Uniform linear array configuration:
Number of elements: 16
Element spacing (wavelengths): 1
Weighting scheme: binomial
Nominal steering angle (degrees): -30
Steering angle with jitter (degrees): -29.5
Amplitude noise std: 0.05
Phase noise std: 0.05

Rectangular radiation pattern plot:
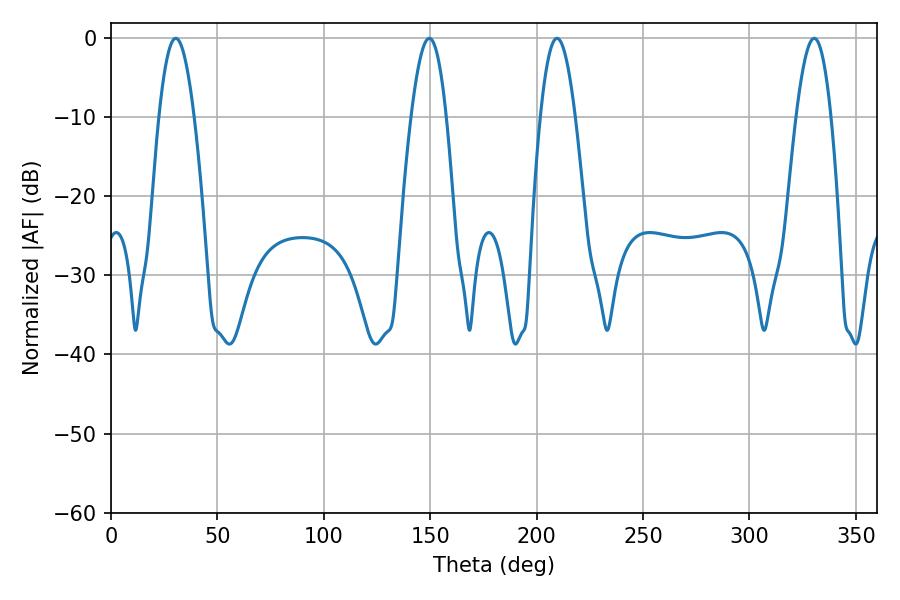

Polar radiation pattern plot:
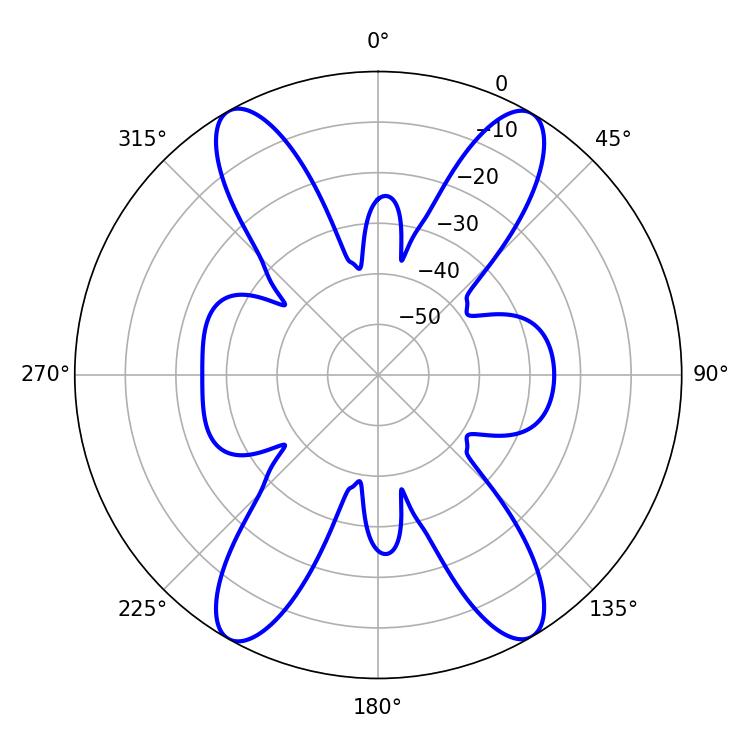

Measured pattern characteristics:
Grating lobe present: TRUE
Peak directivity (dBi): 26.575
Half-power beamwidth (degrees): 9
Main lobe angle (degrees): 30.42